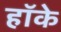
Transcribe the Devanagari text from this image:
हॉके